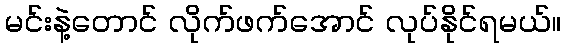
မင်းနဲ့တောင် လိုက်ဖက်အောင် လုပ်နိုင်ရမယ်။